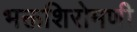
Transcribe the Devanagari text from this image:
भक्तशिरोमणी